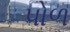
પોળ